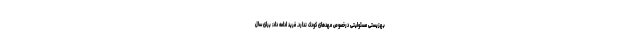
بهزیستی مسئولیتی درخصوص مهد‌های کودک ندارد. فرید ادامه داد: برای سال